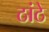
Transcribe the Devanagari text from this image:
ठांठे